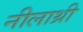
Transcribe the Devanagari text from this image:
नीलाथ्री